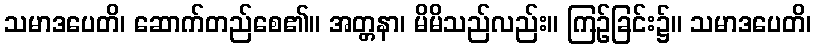
သမာဒပေတိ၊ ဆောက်တည်စေ၏။ အတ္တနာ၊ မိမိသည်လည်း။ ကြဉ်ခြင်း၌။ သမာဒပေတိ၊